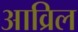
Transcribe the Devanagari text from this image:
आव्रिल